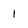
Character: 1